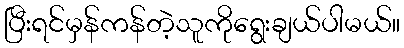
ပြီးရင်မှန်ကန်တဲ့သူကိုရွေးချယ်ပါမယ်။